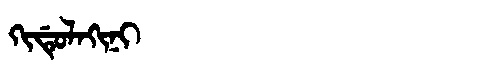
Manchu: ᡴᡳᡩᡠᠯᠠᡴᡳᠨᡳ
Romanization: KIDULAKINI